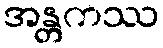
အန္တကဿ